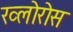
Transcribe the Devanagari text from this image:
ख्लोरोस